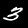
Label: 3